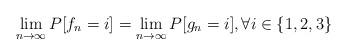
LaTeX: \begin{align*}\lim_{n \to \infty} P[f_n = i] = \lim_{n \to \infty} P[g_n = i], \forall i \in\{1,2,3\}\end{align*}